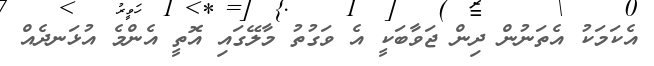
އެކަމަކު އެތަނުން ދިން ޖަވާބަކީ އެ ވަގުތު މާލޭގައި އޮތީ އެންމެ އުޅަނދެއް